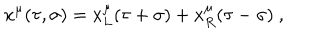
LaTeX: x ^ { \mu } ( \tau , \sigma ) = x _ { L } ^ { \mu } ( \tau + \sigma ) + x _ { R } ^ { \mu } ( \tau - \sigma ) \ ,